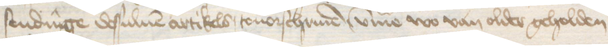
sendinge dessuluen artikels touorschriuen, umme wo van older geholden